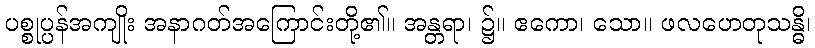
ပစ္စုပ္ပန်အကျိုး အနာဂတ်အကြောင်းတို့၏။ အန္တရာ၊ ၌။ ဧကော၊ သော။ ဖလဟေတုသန္ဓိ၊